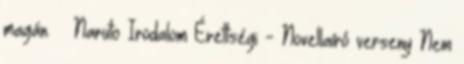
magán. » Naruto Irodalom Érettségi - Novellaíró verseny Nem